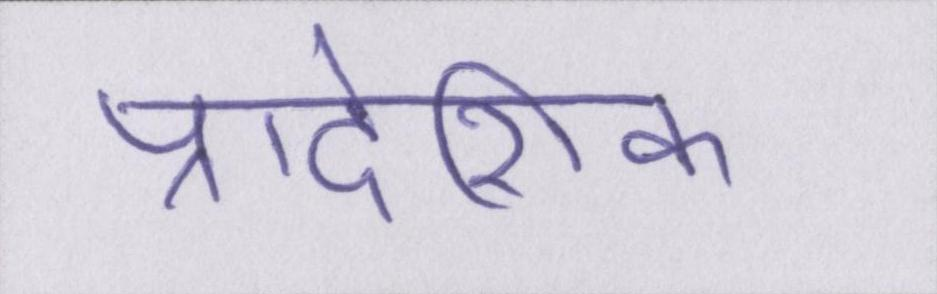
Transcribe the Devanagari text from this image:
प्रादेशिक